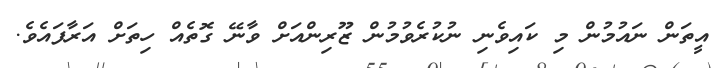
އީތަން ނައުމުން މި ކައިވެނި ނުކުރެވުމުން ޒޫރިންއަށް ވާނޭ ގޮތެއް ހިތަށް އަރާފައެވެ.